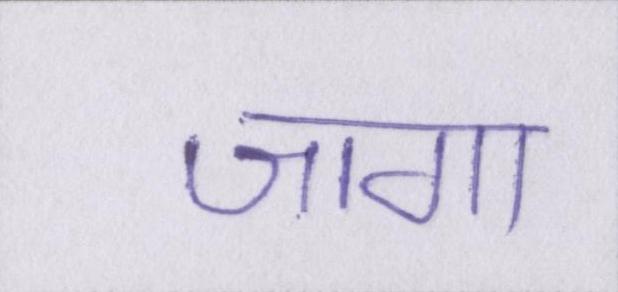
जागा